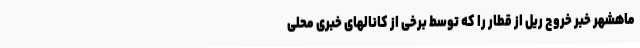
ماهشهر خبر خروج ریل از قطار را که توسط برخی از کانالهای خبری محلی